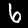
Label: 6